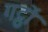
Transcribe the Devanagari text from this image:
गट्ठों